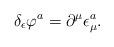
LaTeX: \begin{align*}\delta _\epsilon \varphi ^a=\partial ^\mu \epsilon _\mu ^a.\end{align*}